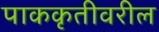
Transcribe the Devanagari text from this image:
पाककृतीवरील